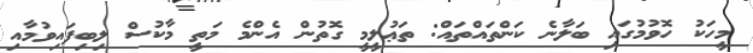
މީހަކު ހޮވުމުގައި ބަލާނެ ކަންތައްތައް: ތަޢުލީމީ ގޮތުން އެންމެ މަތީ މާކުސް ލިބިފައިވުމާއި